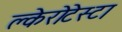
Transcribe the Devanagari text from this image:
क्लेरोटेस्टा